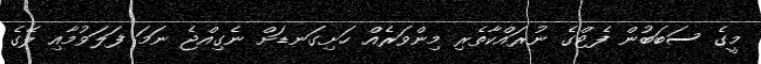
މީގެ ސަބަބުން ފެޓްގެ ނުރައްކާތެރި މިންވަރެއް ހަށިގަނޑަށް ނެގިއްޖެ ނަމަ ފަލަވުމާއި ލޭގެ